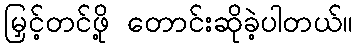
မြှင့်တင်ဖို့ တောင်းဆိုခဲ့ပါတယ်။